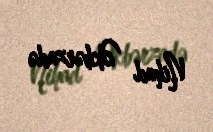
Nihad Əkbərzadə